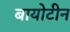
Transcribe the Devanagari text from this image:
बायोटीन